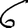
Digit: 6